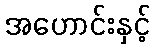
အဟောင်းနှင့်